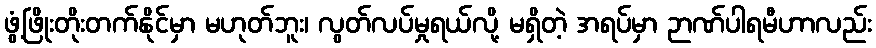
ဖွံ့ဖြိုးတိုးတက်နိုင်မှာ မဟုတ်ဘူး၊ လွတ်လပ်မှုရယ်လို့ မရှိတဲ့ အရပ်မှာ ဉာဏ်ပါရမီဟာလည်း